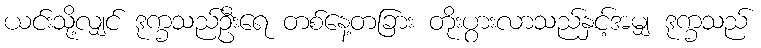
ယင်းသို့လျှင် ဒုက္ခသည်ဦးရေ တစ်နေ့တခြား တိုးပွားလာသည်နှင့်အမျှ ဒုက္ခသည်